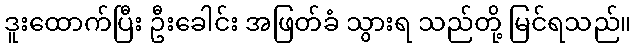
ဒူးထောက်ပြီး ဦးခေါင်း အဖြတ်ခံ သွားရ သည်တို့ မြင်ရသည်။